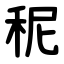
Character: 秜